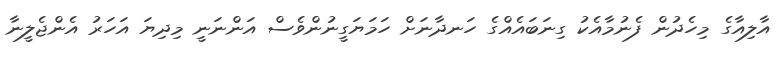
އާލިއާގެ މިހެދުން ފެނުމާއެކު ގިނަބައެއްގެ ހަނދާނަށް ހަމަޔަގީނުންވެސް އަންނަނީ މިދިޔަ އަހަރު އެންޖެލީނާ